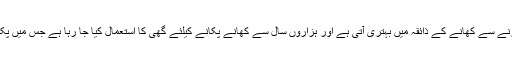
کھانے کا ذائقہ: دیسی گھی استعمال کرنے سے کھانے کے ذائقہ میں بہتری آتی ہے اور ہزاروں سال سے کھانے پکانے کیلئے گھی کا استعمال کیا جا رہا ہے جس میں پکانے سے کھانا خوش ذائقہ ہو جاتا ہے۔